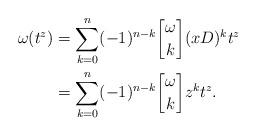
LaTeX: \begin{align*}\omega(t^z) &= \sum_{k=0}^n (-1)^{n-k}{{\omega}\brack k} (xD)^{k} t^z \\ &= \sum_{k=0}^n (-1)^{n-k}{{\omega}\brack k} z^k t^z.\end{align*}